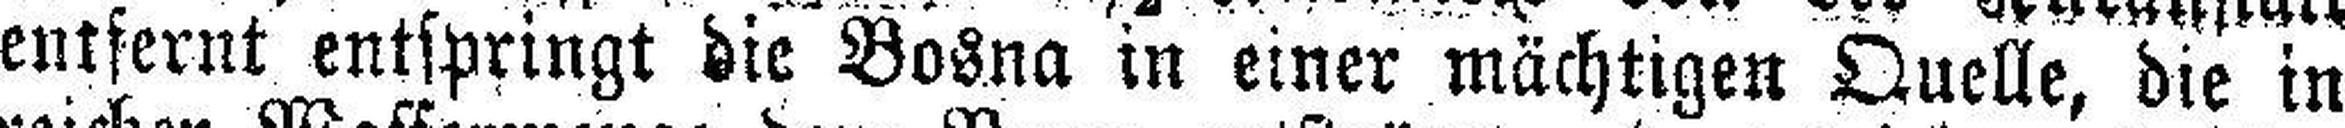
entfernt entspringt die Bosna in einer mächtigen Quelle, die in